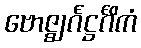
ဗောဇ္ဈင်္ဂဋ္ဌင်္ဂိကံ